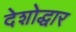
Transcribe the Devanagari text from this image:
देशोद्धार